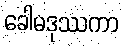
ခေါမဒုဿကာ